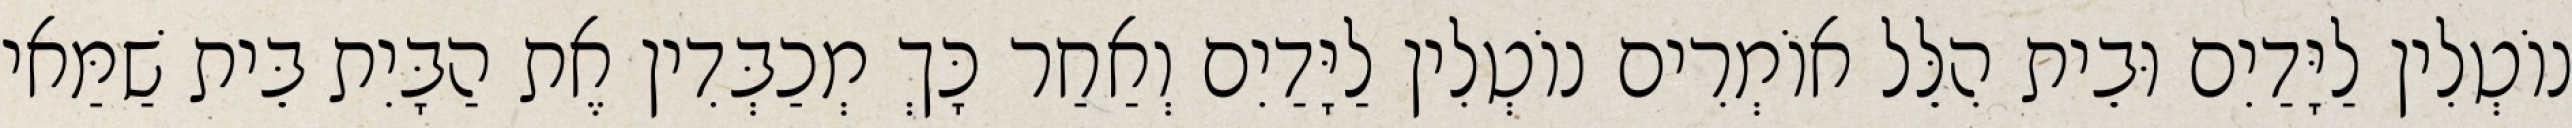
נוֹטְלִין לַיָּדַיִם וּבֵית הִלֵּל אוֹמְרִים נוֹטְלִין לַיָּדַיִם וְאַחַר כָּךְ מְכַבְּדִין אֶת הַבָּיִת בֵּית שַׁמַּאי